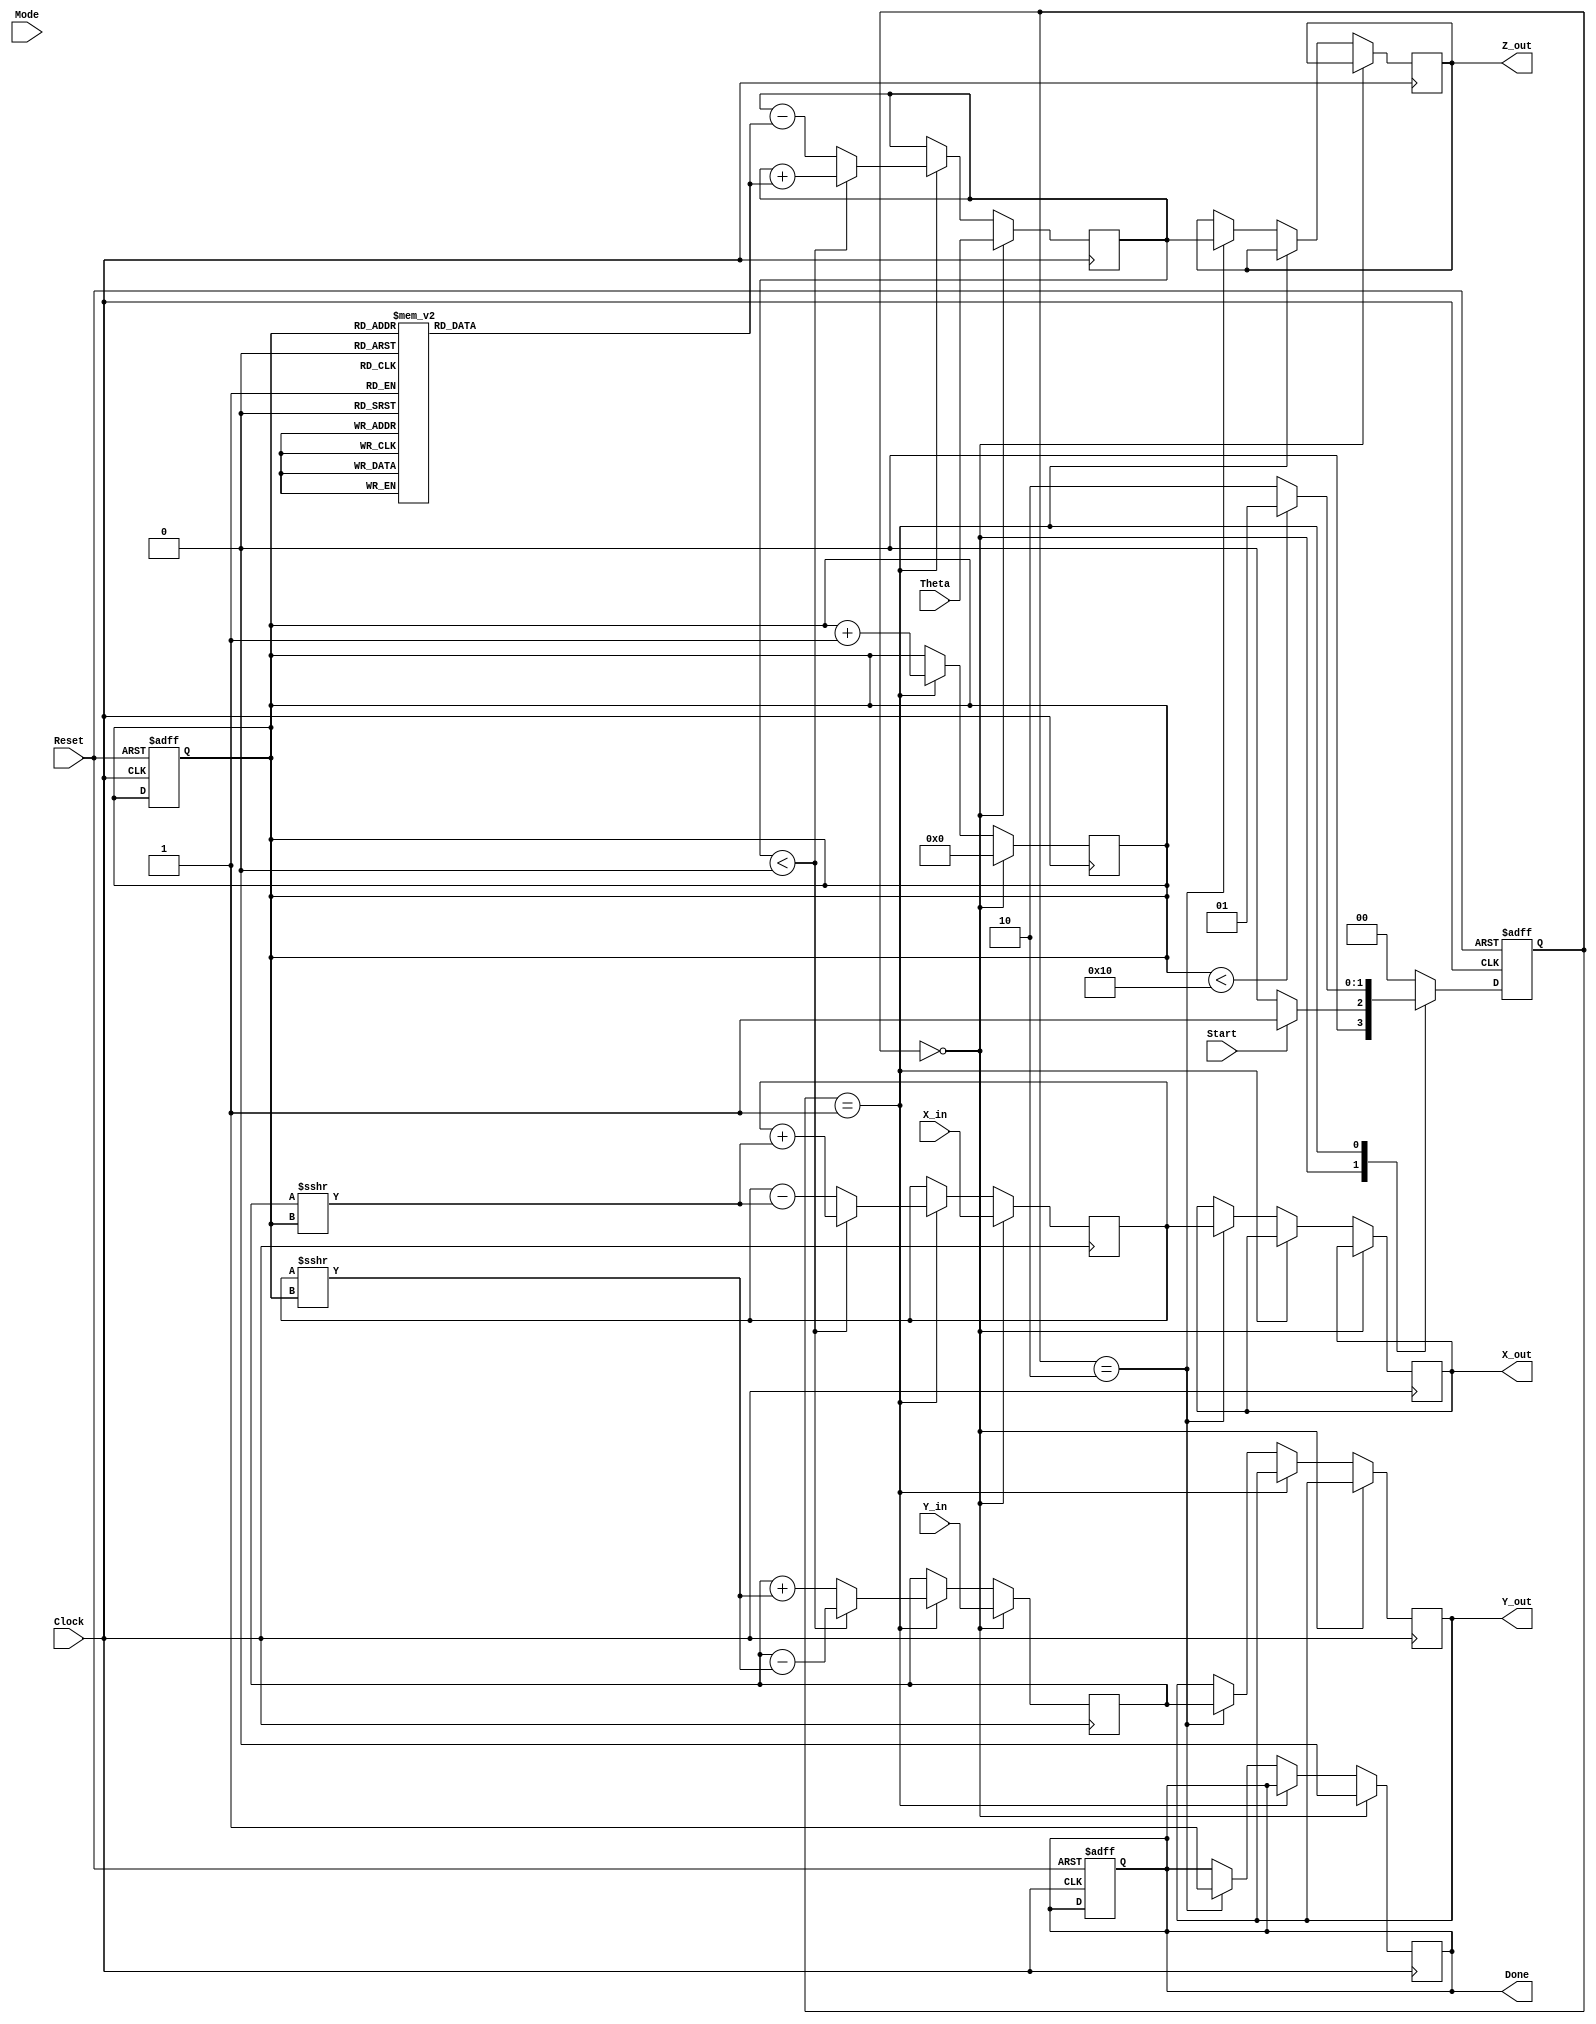
module cordic_arithmetic_block (
    input wire signed [15:0] X_in,      // Input x-coordinate
    input wire signed [15:0] Y_in,      // Input y-coordinate
    input wire signed [15:0] Theta,      // Input angle in radians
    input wire Mode,                     // Control signal for rotation/vectoring
    input wire Start,                    // Start signal
    input wire Clock,                    // System clock
    input wire Reset,                    // Asynchronous reset
    output reg signed [15:0] X_out,     // Output x-coordinate
    output reg signed [15:0] Y_out,     // Output y-coordinate
    output reg signed [15:0] Z_out,     // Output angle
    output reg Done                      // Completion signal
);

    // Internal parameters
    parameter NUM_ITERATIONS = 16; // Number of CORDIC iterations
    reg signed [15:0] x_reg, y_reg; // Shift registers for x and y
    reg signed [15:0] z_reg;         // Register for angle
    reg [3:0] iteration;             // Iteration counter
    reg [1:0] state;                 // FSM state
    reg [1:0] next_state;            // Next state for FSM

    // Lookup table for arctangent values (fixed-point representation)
    reg signed [15:0] atan_table [0:NUM_ITERATIONS-1];

    // Initialization of arctangent values
    initial begin
        atan_table[0] = 16'h3243; // atan(1) = pi/4
        atan_table[1] = 16'h1DAC; // atan(0.5) = pi/6
        atan_table[2] = 16'h0FAD; // atan(0.25) = pi/12
        // Continue filling the table with appropriate values...
    end

    // State encoding
    localparam IDLE = 2'b00;
    localparam COMPUTE = 2'b01;
    localparam DONE_STATE = 2'b10;

    // FSM for controlling the CORDIC operation
    always @(posedge Clock or posedge Reset) begin
        if (Reset) begin
            state <= IDLE;
            Done <= 0;
            iteration <= 0;
        end else begin
            state <= next_state;
        end
    end

    // Next state logic
    always @(*) begin
        case (state)
            IDLE: begin
                if (Start) begin
                    next_state = COMPUTE;
                end else begin
                    next_state = IDLE;
                end
            end
            COMPUTE: begin
                if (iteration < NUM_ITERATIONS) begin
                    next_state = COMPUTE;
                end else begin
                    next_state = DONE_STATE;
                end
            end
            DONE_STATE: begin
                next_state = IDLE;
            end
            default: next_state = IDLE;
        endcase
    end

    // CORDIC computation
    always @(posedge Clock) begin
        if (state == IDLE) begin
            // Load inputs
            x_reg <= X_in;
            y_reg <= Y_in;
            z_reg <= Theta;
            iteration <= 0;
            Done <= 0;
        end else if (state == COMPUTE) begin
            // Perform CORDIC iterations
            if (z_reg < 0) begin
                // Rotate clockwise
                x_reg <= x_reg + (y_reg >>> iteration);
                y_reg <= y_reg - (x_reg >>> iteration);
                z_reg <= z_reg + atan_table[iteration];
            end else begin
                // Rotate counterclockwise
                x_reg <= x_reg - (y_reg >>> iteration);
                y_reg <= y_reg + (x_reg >>> iteration);
                z_reg <= z_reg - atan_table[iteration];
            end
            iteration <= iteration + 1;
        end else if (state == DONE_STATE) begin
            // Output results
            X_out <= x_reg;
            Y_out <= y_reg;
            Z_out <= z_reg;
            Done <= 1;
        end
    end

endmodule